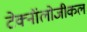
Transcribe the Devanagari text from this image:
टेक्नॉलोजीकल